Triennial report on the lunatic asylums in the province of Eastern Bengal and Assam - 1903-1911
Year: 1903
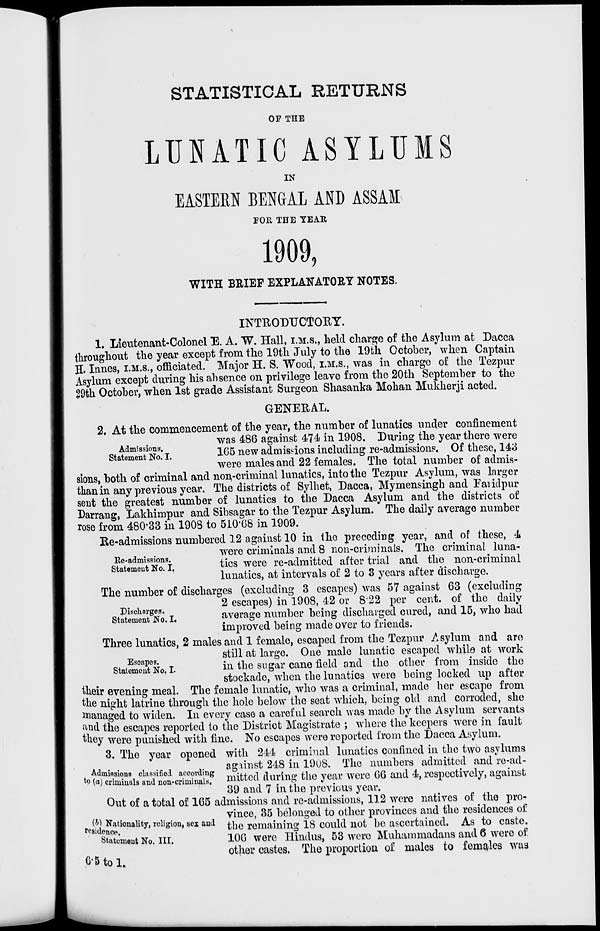
STATISTICAL RETURNS
OF THE
LUNATIC ASYLUMS
IN
EASTERN BENGAL AND ASSAM
FOR THE YEAR
1909,
WITH BRIEF EXPLANATORY NOTES.
INTRODUCTORY.
1. Lieutenant-Colonel E. A. W. Hall, I.M.S., held charge of the Asylum at Dacca
throughout the year except from the 19th July to the 19th October, when Captain
H. Innes, I.M.S., officiated. Major H. S. Wood, I.M.S., was in charge of the Tezpur
Asylum except during his absence on privilege leave from the 20th September to the
29th October, when 1st grade Assistant Surgeon Shasanka Mohan Mukherji acted.
GENERAL.
Admissions.
Statement No. I.
2. At the commencement of the year, the number of lunatics under confinement
was 486 against 474 in 1908. During the year there were
165 new admissions including re-admissions. Of these, 143
were males and 22 females. The total number of admis-
sions, both of criminal and non-criminal lunatics, into the Tezpur Asylum, was larger
than in any previous year. The districts of Sylhet, Dacca, Mymensingh and Faridpur
sent the greatest number of lunatics to the Dacca Asylum and the districts of
Darrang, Lakhimpur and Sibsagar to the Tezpur Asylum. The daily average number
rose from 480.33 in 1908 to 510.68 in 1909.
Re-admissions.
Statement No. I.
Re-admissions numbered 12 against 10 in the preceding year, and of these, 4
were criminals and 8 non-criminals. The criminal luna-
tics were re-admitted after trial and the non-criminal
lunatics, at intervals of 2 to 3 years after discharge.
Discharges.
Statement No. I.
The number of discharges (excluding 3 escapes) was 57 against 63 (excluding
2 escapes) in 1908, 42 or 8.22 per cent. of the daily
average number being discharged cured, and 15, who had
improved being made over to friends.
Escapes.
Statement No. I.
Three lunatics, 2 males and 1 female, escaped from the Tezpur Asylum and are
still at large. One male lunatic escaped while at work
in the sugar cane field and the other from inside the
stockade, when the lunatics were being locked up after
their evening meal. The female lunatic, who was a criminal, made her escape from
the night latrine through the hole below the seat which, being old and corroded, she
managed to widen. In every case a careful search was made by the Asylum servants
and the escapes reported to the District Magistrate ; where the keepers were in fault
they were punished with fine. No escapes were reported from the Dacca Asylum.
Admissions classified according
to (a) criminals and non-criminals.
3. The year opened with 244 criminal lunatics confined in the two asylums
against 248 in 1908. The numbers admitted and re-ad-
mitted during the year were 66 and 4, respectively, against
39 and 7 in the previous year.
(b) Nationality, religion, sex and
residence.
Statement No. III.
Out of a total of 165 admissions and re-admissions, 112 were natives of the pro-
vince, 35 belonged to other provinces and the residences of
the remaining 18 could not be ascertained. As to caste,
106 were Hindus, 53 were Muhammadans and 6 were of
other castes. The proportion of males to females was
6.5 to 1.